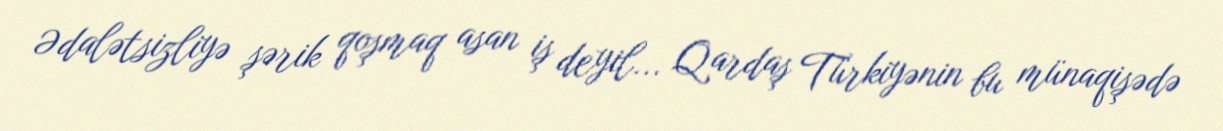
Ədalətsizliyə şərik qoşmaq asan iş deyil... Qardaş Türkiyənin bu münaqişədə